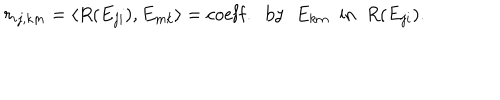
r _ { i j , k m } = \langle R ( E _ { j i } ) , E _ { m k } \rangle = \mathrm { c o e f f . \; \; b y \; \; } E _ { k m } \mathrm { \; \; i n \; \; } R ( E _ { j i } ) .